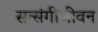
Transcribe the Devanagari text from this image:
सत्संगीजीवन